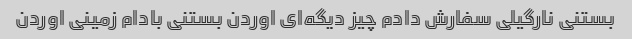
بستنی نارگیلی سفارش دادم چیز دیگه‌ای اوردن بستنی بادام زمینی اوردن